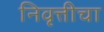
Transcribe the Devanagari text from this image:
निवृत्तीचा